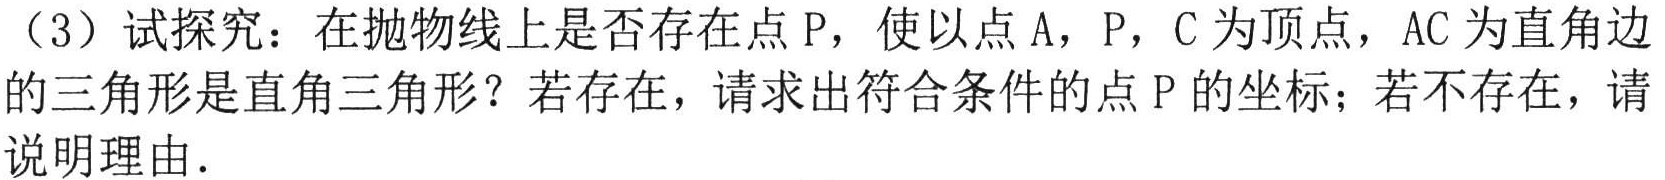
（3）试探究：在抛物线上是否存在点P，使以点A，P，C为顶点，AC为直角边的三角形是直角三角形？若存在，请求出符合条件的点P的坐标；若不存在，请说明理由.